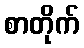
စာတိုက်